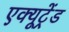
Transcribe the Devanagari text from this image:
एक्यूट्रेंड